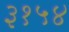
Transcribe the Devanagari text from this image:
३१५४